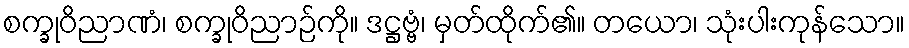
စက္ခုဝိညာဏံ၊ စက္ခုဝိညာဉ်ကို။ ဒဋ္ဌဗ္ဗံ၊ မှတ်ထိုက်၏။ တယော၊ သုံးပါးကုန်သော။